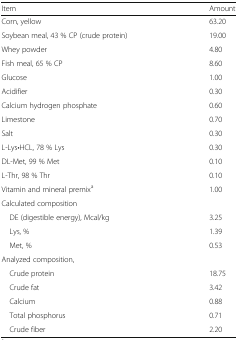
<table><thead><tr><td><b>Item</b></td><td><b>Amount</b></td></tr></thead><tbody><tr><td>Corn, yellow</td><td>63.20</td></tr><tr><td>Soybean meal, 43 % CP (crude protein)</td><td>19.00</td></tr><tr><td>Whey powder</td><td>4.80</td></tr><tr><td>Fish meal, 65 % CP</td><td>8.60</td></tr><tr><td>Glucose</td><td>1.00</td></tr><tr><td>Acidifier</td><td>0.30</td></tr><tr><td>Calcium hydrogen phosphate</td><td>0.60</td></tr><tr><td>Limestone</td><td>0.70</td></tr><tr><td>Salt</td><td>0.30</td></tr><tr><td>L-Lys•HCL, 78 % Lys</td><td>0.30</td></tr><tr><td>DL-Met, 99 % Met</td><td>0.10</td></tr><tr><td>L-Thr, 98 % Thr</td><td>0.10</td></tr><tr><td>Vitamin and mineral premix<sup>a</sup></td><td>1.00</td></tr><tr><td colspan="2">Calculated composition</td></tr><tr><td> DE (digestible energy), Mcal/kg</td><td>3.25</td></tr><tr><td> Lys, %</td><td>1.39</td></tr><tr><td> Met, %</td><td>0.53</td></tr><tr><td colspan="2">Analyzed composition,</td></tr><tr><td> Crude protein</td><td>18.75</td></tr><tr><td> Crude fat</td><td>3.42</td></tr><tr><td> Calcium</td><td>0.88</td></tr><tr><td> Total phosphorus</td><td>0.71</td></tr><tr><td> Crude fiber</td><td>2.20</td></tr></tbody></table>